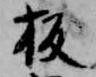
板